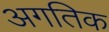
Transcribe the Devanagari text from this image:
अगतिक